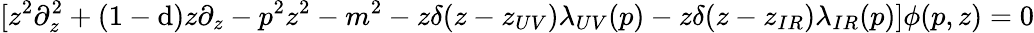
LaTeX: [z^{2}\partial_{z}^{2}+(1-\mathrm{d})z\partial_{z}-p^{2}z^{2}-m^{2}-z\delta(z-z_{UV})\lambda_{UV}(p)-z\delta(z-z_{IR})\lambda_{IR}(p)]\phi(p,z)=0